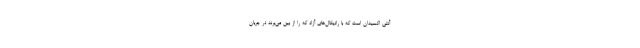
آنتی اکسیدان است که با رادیکال‌های آزاد که را از بین می‌برند در جریان